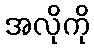
အလိုကို